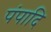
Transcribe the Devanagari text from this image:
पंपादि